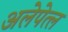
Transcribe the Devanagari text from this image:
अलेपेत्ल